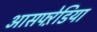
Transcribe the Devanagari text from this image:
आसफ्ऱेडिया